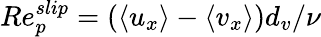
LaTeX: Re_{p}^{slip}=(\langle u_{x}\rangle-\langle v_{x}\rangle)d_{v}/\nu